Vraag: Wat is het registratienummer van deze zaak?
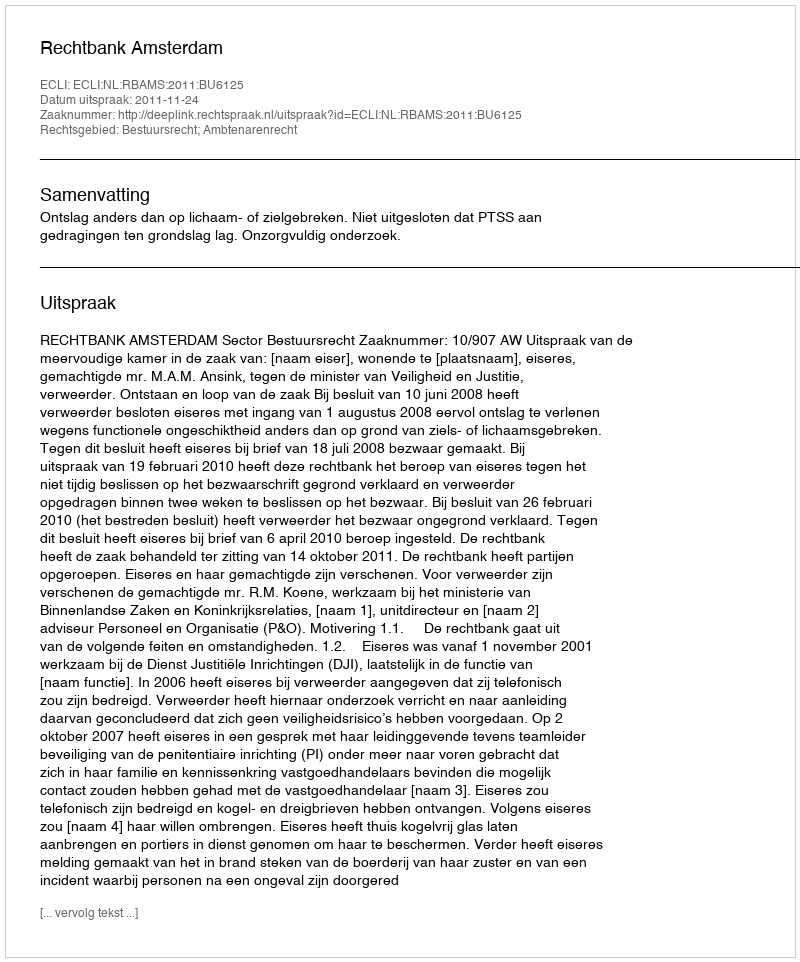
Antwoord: http://deeplink.rechtspraak.nl/uitspraak?id=ECLI:NL:RBAMS:2011:BU6125